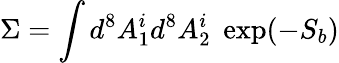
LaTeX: \Sigma=\int d^{8}A_{1}^{i}d^{8}A_{2}^{i}\; \exp(-S_{b})